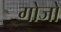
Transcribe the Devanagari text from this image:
गोजो